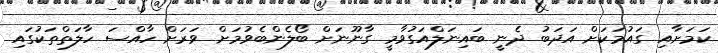
ކަމަށާއި ގައުމަކަށް އަދަބު ދެނީ ބައިނަލްއަގުވާމީ ގާނޫނަށް ބޯލެންބެވުމަށް ވަރަށް ހާއްސަ ހާލަތްތަކުގައި